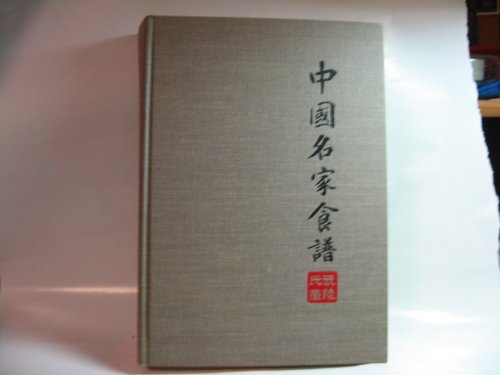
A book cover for The Chinese Cookbook; Craig Claiborne; Cookbooks, Food & Wine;